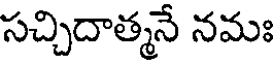
సచ్చిదాత్మనే నమః